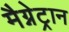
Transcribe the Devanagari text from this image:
मैग्नेट्रान